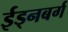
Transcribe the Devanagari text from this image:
ईड्नबर्ग